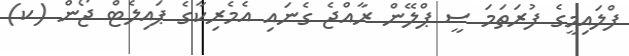
ފްލައިމީގެ ފުރަތަމަ ސީ ޕްލޭން ރާއްޖެ ގެނައި އެމެރިކާގެ ޕައިލެޓް ޖޯން (ކ)